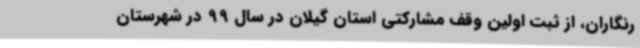
رنگاران، از ثبت اولین وقف مشارکتی استان گیلان در سال 99 در شهرستان